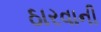
ઠારવાની